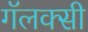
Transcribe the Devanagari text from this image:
गॅलक्सी